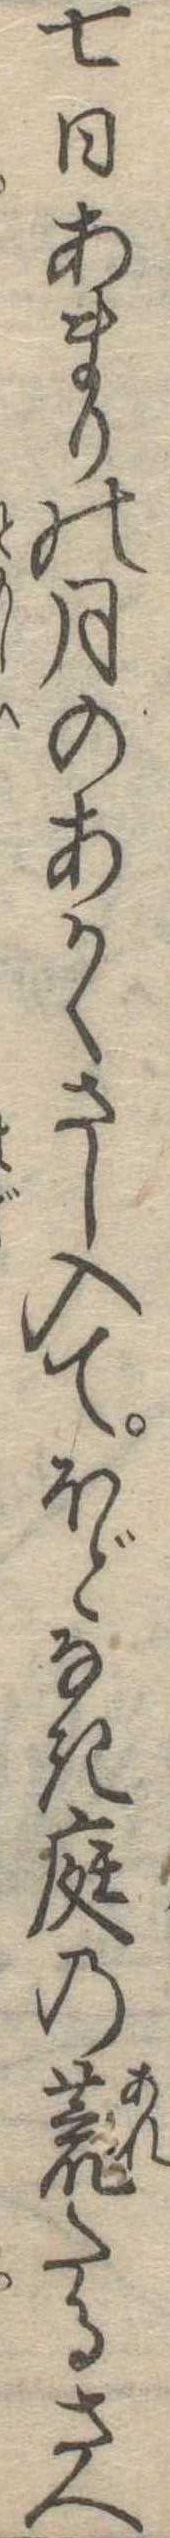
七日あまりの月のあかくさし入てほどなき庭の荒たるさへ